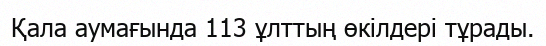
Қала аумағында 113 ұлттың өкілдері тұрады.